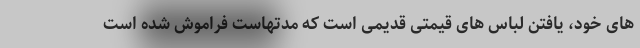
های خود، یافتن لباس های قیمتی قدیمی است که مدتهاست فراموش شده است